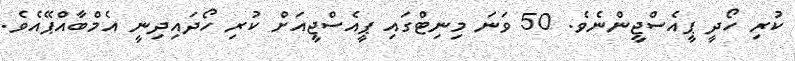
ކުރި ހޯދީ ޕީއެސްޖީންނެވެ. 50 ވަނަ މިނިޓްގައި ޕީއެސްޖީއަށް ކުރި ހޯދައިދިނީ އެމްބާއްޕޭއެވެ.